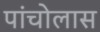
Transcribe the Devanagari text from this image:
पांचोलास